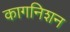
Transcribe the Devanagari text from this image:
कागनिशन